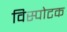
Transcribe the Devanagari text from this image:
विस्पोटक